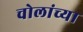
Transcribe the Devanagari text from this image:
चोलांच्या